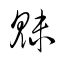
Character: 魅